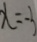
x = - 3